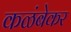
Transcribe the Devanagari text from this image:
कळंबेकर